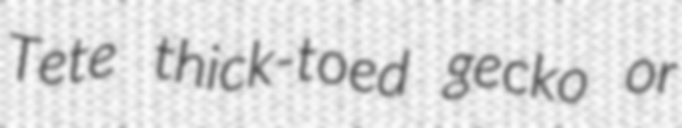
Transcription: Tete thick-toed gecko or